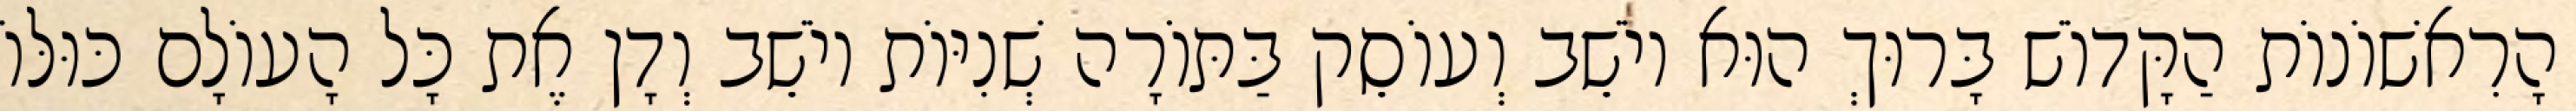
הָרִאשׁוֹנוֹת הַקָּדוֹשׁ בָּרוּךְ הוּא יוֹשֵׁב וְעוֹסֵק בַּתּוֹרָה שְׁנִיּוֹת יוֹשֵׁב וְדָן אֶת כָּל הָעוֹלָם כּוּלּוֹ